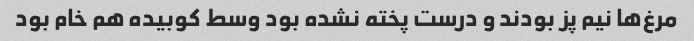
مرغ‌ها نیم پز بودند و درست پخته نشده بود وسط کوبیده هم خام بود